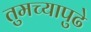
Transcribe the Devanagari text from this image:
तुमच्यापुढे